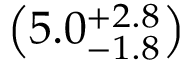
\left( 5 . 0 _ { - 1 . 8 } ^ { + 2 . 8 } \right)